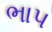
ભાપ